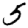
Digit: 5